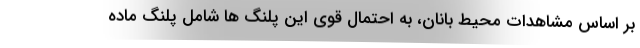
بر اساس مشاهدات محیط بانان، به احتمال قوی این‌ پلنگ ها شامل پلنگ ماده